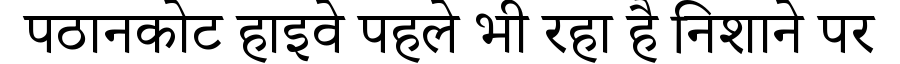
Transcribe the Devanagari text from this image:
पठानकोट हाइवे पहले भी रहा है निशाने पर